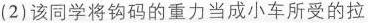
(2)该同学将钩码的重力当成小车所受的拉